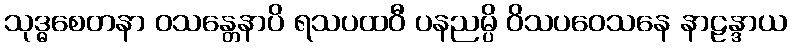
သုဒ္ဓစေတနာ ဝသန္တေနာပိ ရသပထဝီ ပနညမ္ပိ ဝိသပဝေသနေ နာဠန္ဒာယ